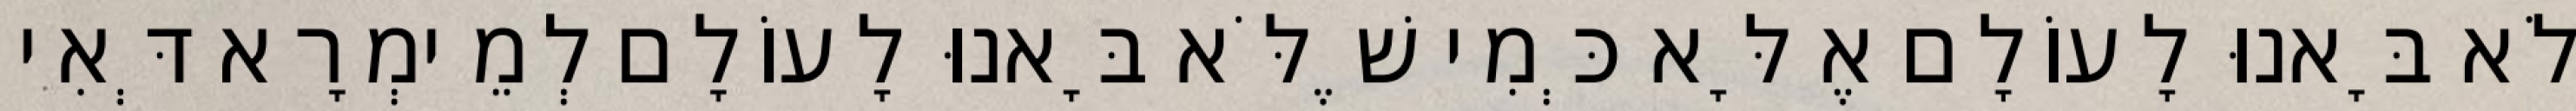
לֹא בָּאנוּ לָעוֹלָם אֶלָּא כְּמִי שֶׁלֹּא בָּאנוּ לָעוֹלָם לְמֵימְרָא דְּאִי